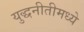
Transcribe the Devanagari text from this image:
युद्धनीतीमध्ये